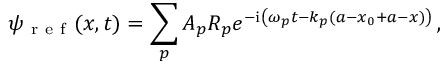
\psi _ { \mathrm { ~ r ~ e ~ f ~ } } ( x , t ) = \sum _ { p } A _ { p } R _ { p } e ^ { - \mathrm { i } \left( \omega _ { p } t - k _ { p } ( a - x _ { 0 } + a - x ) \right) } \, ,